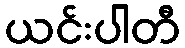
ယင်းပါတီ